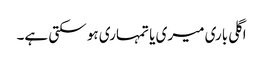
اگلی باری میری یا تمہاری ہو سکتی ہے۔